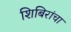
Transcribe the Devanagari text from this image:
शिबिरांचा